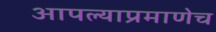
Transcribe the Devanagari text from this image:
आपल्याप्रमाणेच